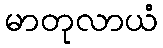
မာတုလာယံ